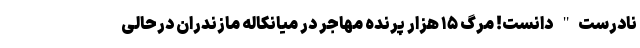
نادرست" دانست! مرگ ۱۵ هزار پرنده مهاجر در میانکاله مازندران درحالی